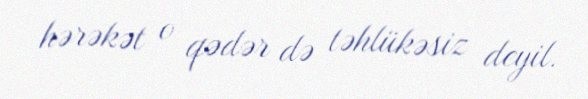
hərəkət o qədər də təhlükəsiz deyil.